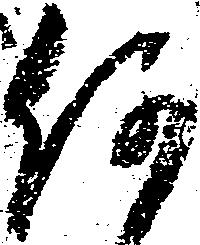
何